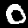
Label: 0